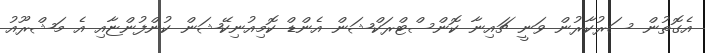
އެގޮތުން ސަރުކާރުން ވަނީ ޗައިނާ ކޮންސްޓްރަކްޝަން އެންޑް ކޮމިއުނިކޭޝަން ކުންފުންޏާއި އެ މަޝްރޫއު